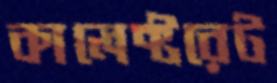
কালেক্টরেট